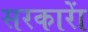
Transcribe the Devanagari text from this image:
सरकाराें